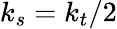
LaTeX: k_{s}=k_{t}/2